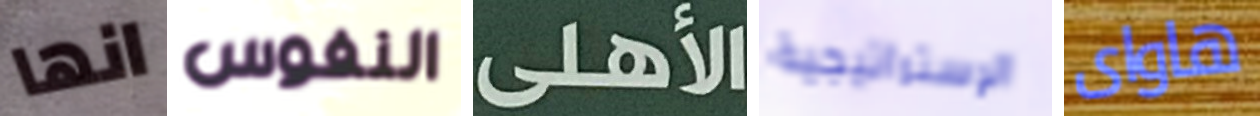
انها النفوس الأهلى الإستراتيجية هاواى